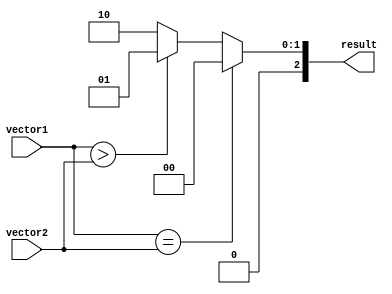
module comparator
(
    input [63:0] vector1,
    input [63:0] vector2,
    output [2:0] result
);

reg [2:0] result;

always @ (*)
begin
    if (vector1 == vector2)
        result = 3'b000; // Equal
    else if (vector1 > vector2)
        result = 3'b001; // Greater than
    else
        result = 3'b010; // Less than
end

endmodule